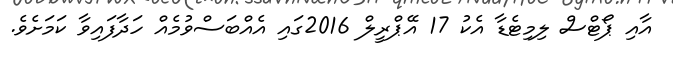
އާއި ޕޯޓްސް ލިމިޓެޑާ އެކު 17 އޭޕްރީލް 2016ގައި އެއްބަސްވުމެއް ހަދާފައިވާ ކަމަށެވެ.